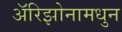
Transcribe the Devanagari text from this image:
अॅरिझोनामधुन